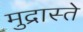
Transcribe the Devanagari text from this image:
मुद्रास्ते